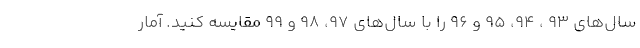
سال‌های ۹۳ ، ۹۴، ۹۵ و ۹۶ را با سال‌های ۹۷، ۹۸ و ۹۹ مقایسه کنید. آمار